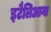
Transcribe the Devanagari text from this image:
इटैलिआना